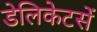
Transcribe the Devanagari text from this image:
डेलिकेटसें